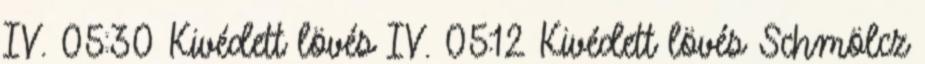
IV. 05:30 Kivédett lövés IV. 05:12 Kivédett lövés Schmölcz